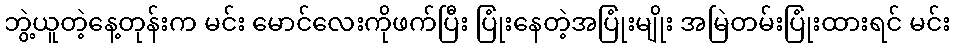
ဘွဲ့ယူတဲ့နေ့တုန်းက မင်း မောင်လေးကိုဖက်ပြီး ပြုံးနေတဲ့အပြုံးမျိုး အမြဲတမ်းပြုံးထားရင် မင်း